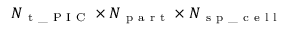
N _ { \mathrm { ~ t ~ \_ ~ P ~ I ~ C ~ } } \times N _ { \mathrm { ~ p ~ a ~ r ~ t ~ } } \times N _ { \mathrm { ~ s ~ p ~ \_ ~ c ~ e ~ l ~ l ~ } }